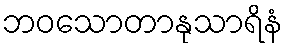
ဘဝသောတာနုသာရိနံ